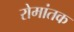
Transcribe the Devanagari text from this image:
रोमांतक